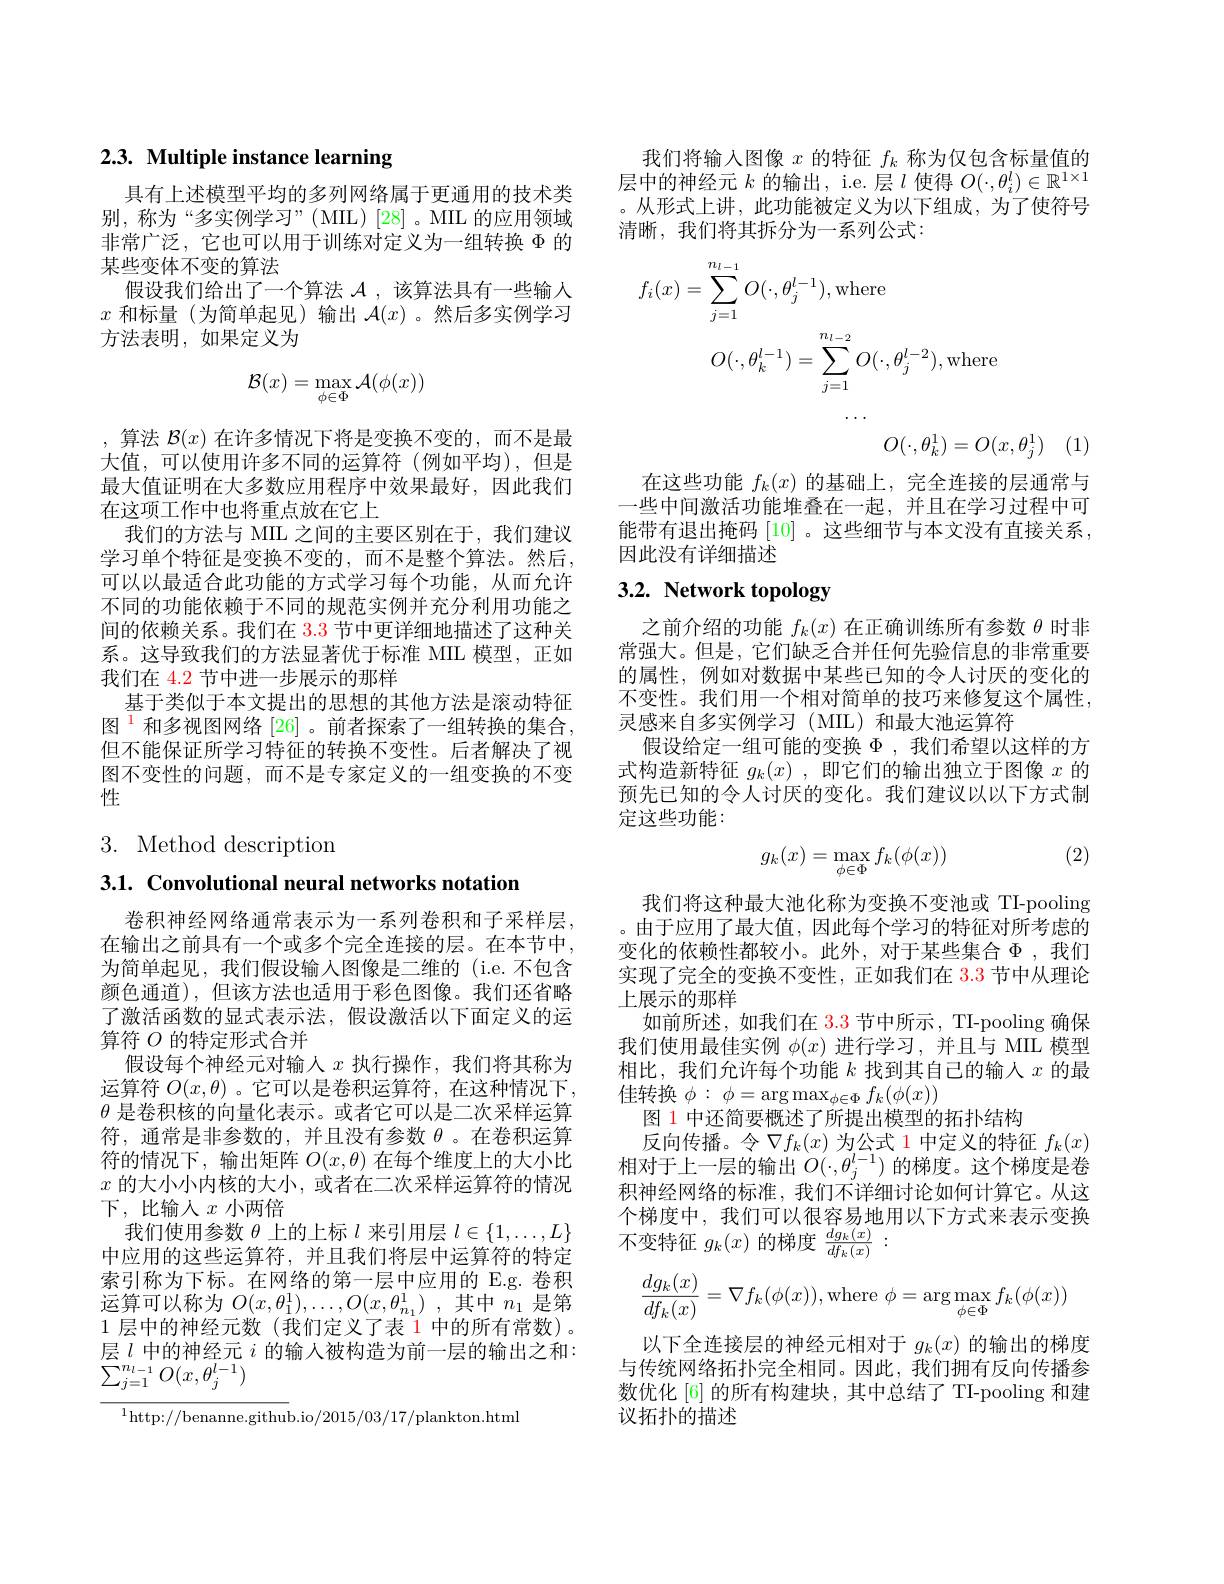
# 2.3. Multiple instance learning

具有上述模型平均的多列网络属于更通用的技术类别，称为“多实例学习”(MIL)[28]。MIL 的应用领域非常广泛，它也可以用于训练对定义为一组转换$\Phi$的某些变体不变的算法
假设我们给出了一个算法$\mathcal{A}$ ,该算法具有一些输人$x$和标量(为简单起见)输出$\mathcal{A}(x)$。然后多实例学习方法表明，如果定义为
$$\mathcal{B}(x)=\max_{\phi\in\Phi}\mathcal{A}(\phi(x))$$
,算法$\mathcal{B}(x)$在许多情况下将是变换不变的，而不是最大值，可以使用许多不同的运算符(例如平均),但是最大值证明在大多数应用程序中效果最好，因此我们在这项工作中也将重点放在它上
我们的方法与 MIL 之间的主要区别在于，我们建议学习单个特征是变换不变的，而不是整个算法。然后， 可以以最适合此功能的方式学习每个功能，从而允许不同的功能依赖于不同的规范实例并充分利用功能之间的依赖关系。我们在$\color{red}{3.3}$节中更详细地描述了这种关系。这导致我们的方法显著优于标准 MIL 模型，正如我们在 4.2 节中进一步展示的那样
基于类似于本文提出的思想的其他方法是滚动特征图$^{\color{red}{1}}$和多视图网络 [26] 。前者探索了一组转换的集合， 但不能保证所学习特征的转换不变性。后者解决了视图不变性的问题，而不是专家定义的一组变换的不变性

# 3. Method description

3.1. Convolutional neural networks notation

卷积神经网络通常表示为一系列卷积和子采样层， 在输出之前具有一个或多个完全连接的层。在本节中， 为简单起见，我们假设输入图像是二维的(i.e.不包含颜色通道),但该方法也适用于彩色图像。我们还省略了激活函数的显式表示法，假设激活以下面定义的运算符$O$的特定形式合并
假设每个神经元对输人$x$执行操作，我们将其称为运算符$O(x,\theta)$ 。它可以是卷积运算符，在这种情况下， $\theta$是卷积核的向量化表示。或者它可以是二次采样运算符，通常是非参数的，并且没有参数$\theta$ 。在卷积运算符的情况下，输出矩阵$O(x,\theta)$在每个维度上的大小比$x$的大小小内核的大小，或者在二次采样运算符的情况下，比输入$x$小两倍
我们使用参数$\theta$上的上标$l$来引用层$l\in\{1,\ldots,L\}$ 中应用的这些运算符，并且我们将层中运算符的特定索引称为下标。在网络的第一层中应用的 E.g. 卷积运算可以称为$O(x,\theta_1^1),\ldots,O(x,\theta_{n_1}^1)$,其中$n_1$是第1层中的神经元数(我们定义了表 1 中的所有常数)。层$l$中的神经元$i$的输人被构造为前一层的输出之和： $\sum_{j=1}^{n_{l-1}}O(x,\theta_{j}^{l-1})$

$^{1}$http://benanne.github.io/2015/03/17/plankton.html

我们将输入图像$x$的特征$f_k$称为仅包含标量值的层中的神经元$k$的输出，i.e. 层$l$使得$O(\cdot,\theta_i^l)\in\mathbb{R}^1\times$ 。从形式上讲，此功能被定义为以下组成，为了使符号清晰，我们将其拆分为一系列公式：

$f_{i}(x)=\sum_{j=1}^{n_{l-1}}O(\cdot,\theta_{j}^{l-1})$,where
$$O(\cdot,\theta_k^{l-1})=\sum_{j=1}^{n_{l-2}}O(\cdot,\theta_j^{l-2}),\mathrm{where}$$
$$O(\cdot,\theta_k^1)=O(x,\theta_j^1)$$
在这些功能$f_k(x)$的基础上，完全连接的层通常与一些中间激活功能堆叠在一起，并且在学习过程中可能带有退出掩码[10] 。这些细节与本文没有直接关系， 因此没有详细描述

# 3.2. Network topology

之前介绍的功能$f_k(x)$在正确训练所有参数$\theta$时非常强大。但是，它们缺乏合并任何先验信息的非常重要的属性，例如对数据中某些已知的令人讨厌的变化的不变性。我们用一个相对简单的技巧来修复这个属性， 灵感来自多实例学习(MIL)和最大池运算符
假设给定一组可能的变换$\Phi$ ,我们希望以这样的方式构造新特征$g_k(x)$ ,即它们的输出独立于图像$x$的预先已知的令人讨厌的变化。我们建议以以下方式制定这些功能：

(2)
$$g_k(x)=\max_{\phi\in\Phi}f_k(\phi(x))$$
我们将这种最大池化称为变换不变池或 TI-pooling 。由于应用了最大值，因此每个学习的特征对所考虑的变化的依赖性都较小。此外，对于某些集合$\Phi$ ,我们实现了完全的变换不变性，正如我们在 3.3 节中从理论上展示的那样
如前所述，如我们在3.3节中所示，TI-pooling 确保我们使用最佳实例$\phi(x)$进行学习，并且与 MIL 模型相比，我们允许每个功能$k$找到其自己的输人$x$的最佳转换$\phi :$ $\phi = \arg \max _{\phi \in \Phi }f_k( \phi ( x) )$
图 1 中还简要概述了所提出模型的拓扑结构
反向传播。令$\nabla f_k(x)$为公式 1 中定义的特征$f_k(x)$ 相对于上一层的输出$O(\cdot,\theta_j^l-1)$的梯度。这个梯度是卷积神经网络的标准，我们不详细讨论如何计算它。从这个梯度中，我们可以很容易地用以下方式来表示变换不变特征$g_k(x)$的梯度$\frac{dg_k(x)}{df_k(x)}:$
$$\dfrac{dg_k(x)}{df_k(x)}=\nabla f_k(\phi(x)),\text{where}\phi=\arg\max\limits_{\phi\in\Phi}f_k(\phi(x))$$
以下全连接层的神经元相对于$g_k(x)$的输出的梯度与传统网络拓扑完全相同。因此，我们拥有反向传播参数优化[6]的所有构建块，其中总结了TI-pooling 和建议拓扑的描述